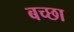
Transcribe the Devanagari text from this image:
बच्छा